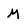
Character: M